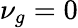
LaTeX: \nu_{g}=0